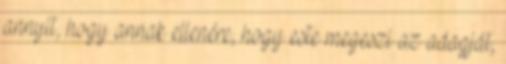
annyit, hogy annak ellenére, hogy este megeszi az adagját,